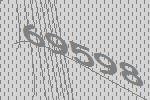
69598